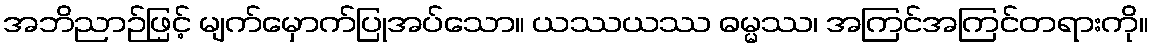
အဘိညာဉ်ဖြင့် မျက်မှောက်ပြုအပ်သော။ ယဿယဿ ဓမ္မဿ၊ အကြင်အကြင်တရားကို။